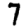
Digit: 7